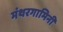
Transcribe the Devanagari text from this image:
मंथरगामिनी